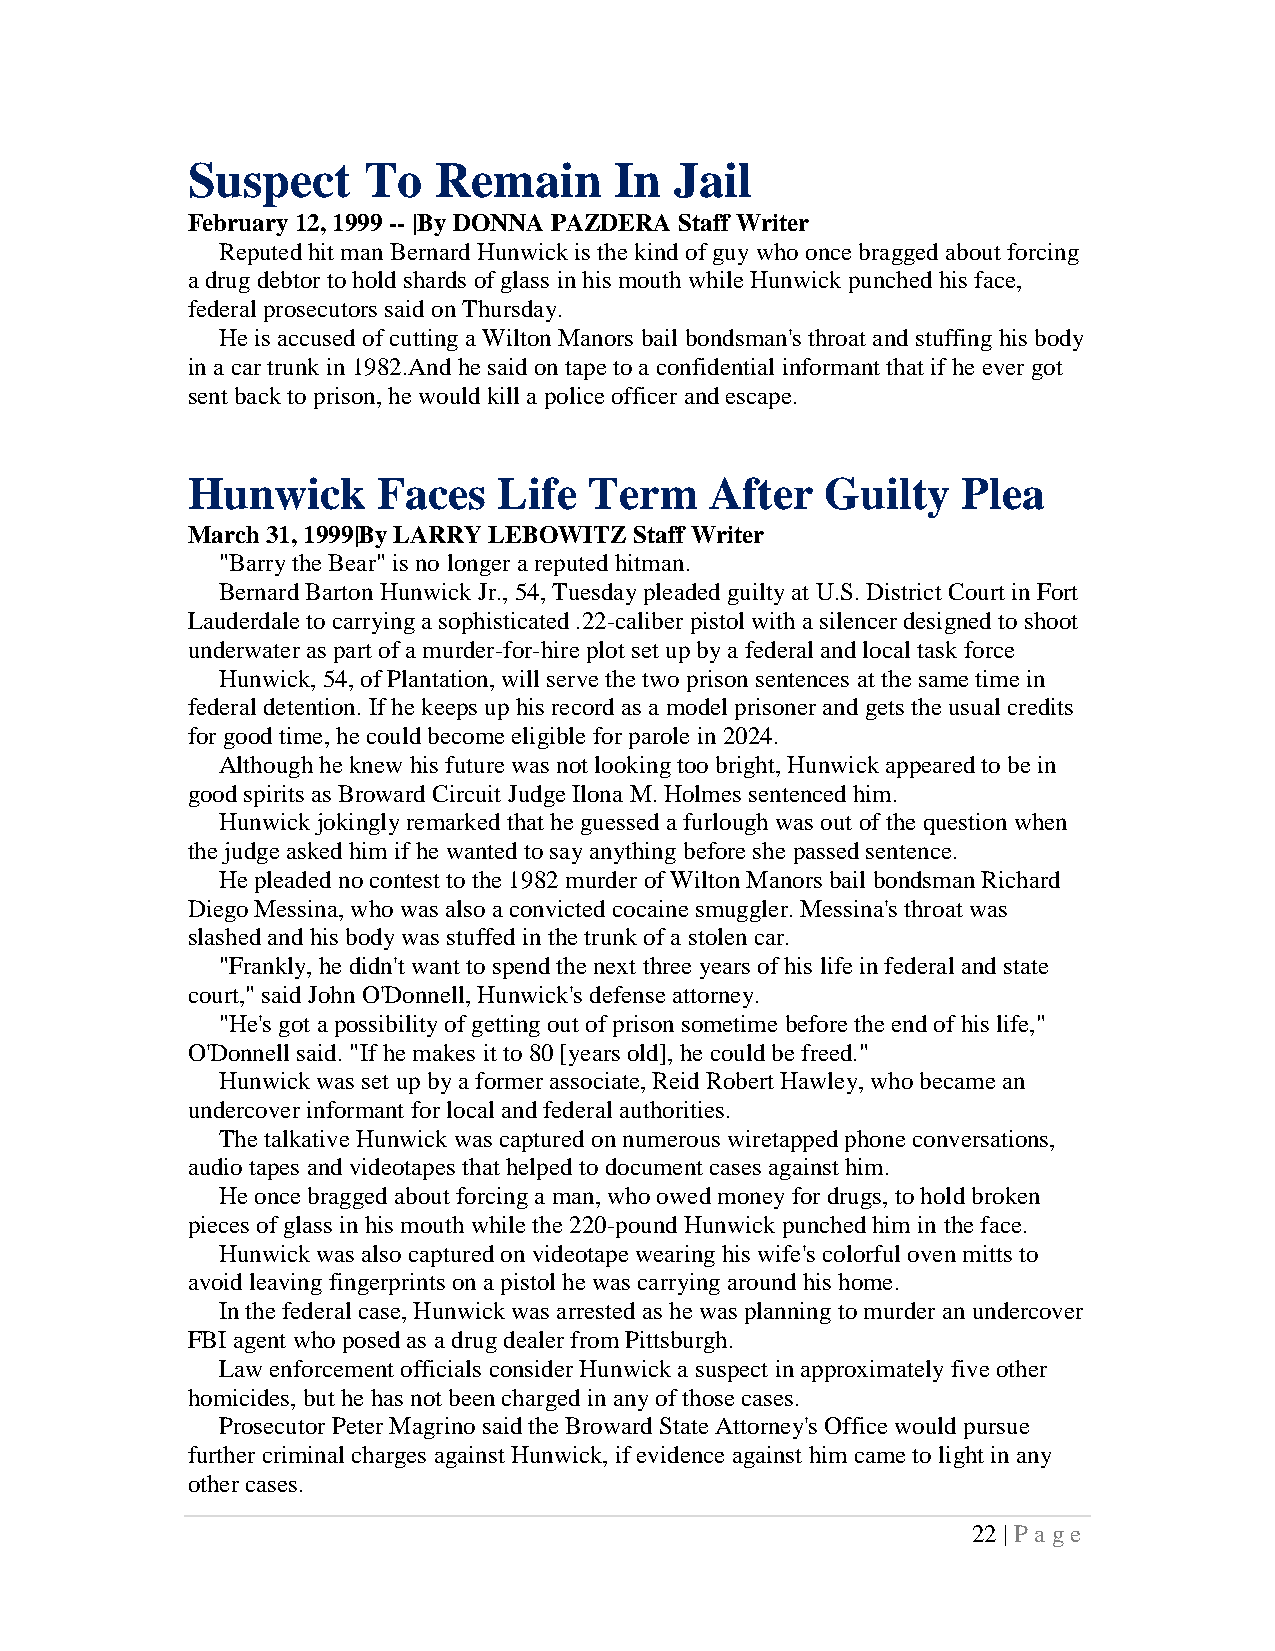
Suspect     To   Remain      In  Jail
 February 12, 1999 -- |By DONNA PAZDERA Staff Writer
 Reputed hit man Bernard Hunwick is the kind of guy who once bragged about forcing
 a drug debtor to hold shards of glass in his mouth while Hunwick punched his face,
 federal prosecutors said on Thursday.
 He is accused of cutting a Wilton Manors bail bondsman's throat and stuffing his body
 in a car trunk in 1982.And he said on tape to a confidential informant that if he ever got
 sent back to prison, he would kill a police officer and escape.
 Hunwick      Faces   Life  Term    After   Guilty   Plea
 March 31, 1999|By LARRY LEBOWITZ Staff Writer
 "Barry the Bear" is no longer a reputed hitman.
 Bernard Barton Hunwick Jr., 54, Tuesday pleaded guilty at U.S. District Court in Fort
 Lauderdale to carrying a sophisticated .22-caliber pistol with a silencer designed to shoot
 underwater as part of a murder-for-hire plot set up by a federal and local task force
 Hunwick, 54, of Plantation, will serve the two prison sentences at the same time in
 federal detention. If he keeps up his record as a model prisoner and gets the usual credits
 for good time, he could become eligible for parole in 2024.
 Although he knew his future was not looking too bright, Hunwick appeared to be in
 good spirits as Broward Circuit Judge Ilona M. Holmes sentenced him.
 Hunwick jokingly remarked that he guessed a furlough was out of the question when
 the judge asked him if he wanted to say anything before she passed sentence.
 He pleaded no contest to the 1982 murder of Wilton Manors bail bondsman Richard
 Diego Messina, who was also a convicted cocaine smuggler. Messina's throat was
 slashed and his body was stuffed in the trunk of a stolen car.
 "Frankly, he didn't want to spend the next three years of his life in federal and state
 court," said John O'Donnell, Hunwick's defense attorney.
 "He's got a possibility of getting out of prison sometime before the end of his life,"
 O'Donnell said. "If he makes it to 80 [years old], he could be freed."
 Hunwick was set up by a former associate, Reid Robert Hawley, who became an
 undercover informant for local and federal authorities.
 The talkative Hunwick was captured on numerous wiretapped phone conversations,
 audio tapes and videotapes that helped to document cases against him.
 He once bragged about forcing a man, who owed money for drugs, to hold broken
 pieces of glass in his mouth while the 220-pound Hunwick punched him in the face.
 Hunwick was also captured on videotape wearing his wife's colorful oven mitts to
 avoid leaving fingerprints on a pistol he was carrying around his home.
 In the federal case, Hunwick was arrested as he was planning to murder an undercover
 FBI agent who posed as a drug dealer from Pittsburgh.
 Law enforcement officials consider Hunwick a suspect in approximately five other
 homicides, but he has not been charged in any of those cases.
 Prosecutor Peter Magrino said the Broward State Attorney's Office would pursue
 further criminal charges against Hunwick, if evidence against him came to light in any
 other cases.
 22 | P a ge